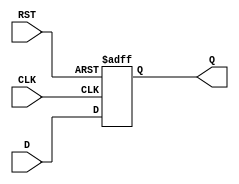
module DataRegister (
    input wire [N-1:0] D,    // Data input
    input wire CLK,          // Clock input
    input wire RST,          // Asynchronous reset
    output reg [N-1:0] Q     // Data output
);
    parameter N = 8; // Width of the register, can be set to any required value

    // Asynchronous reset and clocking behavior
    always @(posedge CLK or posedge RST) begin
        if (RST) begin
            Q <= {N{1'b0}};  // Reset the output to zero
        end else begin
            Q <= D;          // Capture the input data on the rising edge of the clock
        end
    end
endmodule